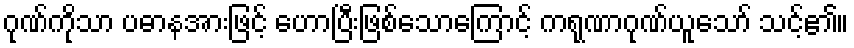
ဂုဏ်ကိုသာ ပဓာနအားဖြင့် ဟောပြီးဖြစ်သောကြောင့် ကရုဏာဂုဏ်ယူသော် သင့်၏။